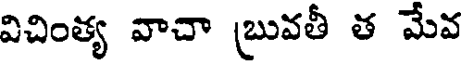
విచింత్య వాచా (బువతీ త మేవ